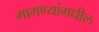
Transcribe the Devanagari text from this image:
मागण्यांमधील